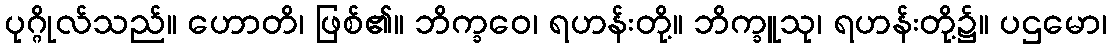
ပုဂ္ဂိုလ်သည်။ ဟောတိ၊ ဖြစ်၏။ ဘိက္ခဝေ၊ ရဟန်းတို့။ ဘိက္ခူသု၊ ရဟန်းတို့၌။ ပဌမော၊